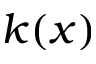
k ( x )